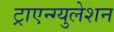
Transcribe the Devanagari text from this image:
ट्राएन्ग्युलेशन